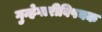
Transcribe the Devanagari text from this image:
गुन्हेगारीविषयक